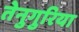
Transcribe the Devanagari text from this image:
तेनुगुरिया